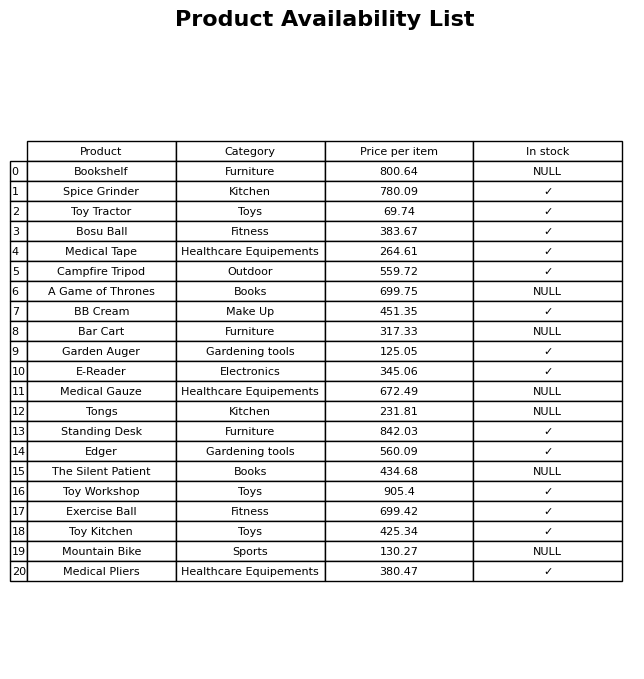
question: Which products are available in stock?
answer: Spice Grinder, Toy Tractor, Bosu Ball, Medical Tape, Campfire Tripod, BB Cream, Garden Auger, E-Reader, Standing Desk, Edger, Toy Workshop, Exercise Ball, Toy Kitchen, Medical Pliers